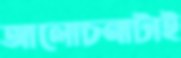
আলোচনাটাই